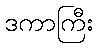
ဒကာကြီး